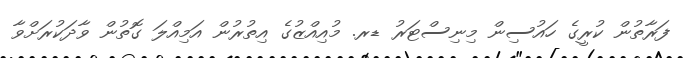
ފަރާތުން ކުރީގެ ހައުސިން މިނިސްޓަރު ޑރ. މުއިއްޒުގެ އިތުރުން އަމިއްލަ ގޮތުން ވާދަކުރަށްވާ